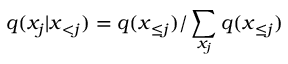
q ( x _ { j } | \boldsymbol x _ { < j } ) = q ( \boldsymbol x _ { \le j } ) / \sum _ { x _ { j } } q ( \boldsymbol x _ { \le j } )